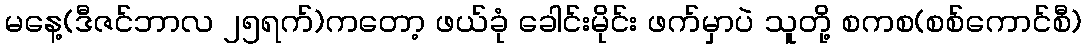
မနေ့(ဒီဇင်ဘာလ ၂၅ရက်)ကတော့ ဖယ်ခုံ ခေါင်းမိုင်း ဖက်မှာပဲ သူတို့ စကစ(စစ်ကောင်စီ)